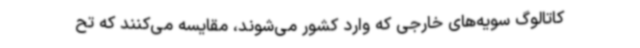
کاتالوگ سویه‌های خارجی که وارد کشور می‌شوند، مقایسه می‌کنند که تح